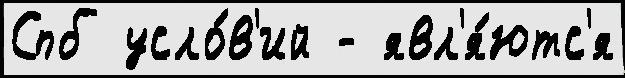
Спб усло́в'ий - явл'я́ютс'я